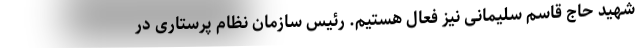
شهید حاج قاسم سلیمانی نیز فعال هستیم. رئیس سازمان نظام پرستاری در